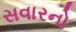
સવારનો